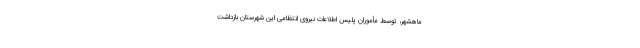
ماهشهر، توسط مأموران پلیس اطلاعات نیروی انتظامی این شهرستان بازداشت